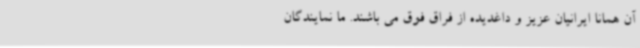
آن همانا ایرانیان عزیز و داغدیده از فراق فوق می باشند. ما نمایندگان